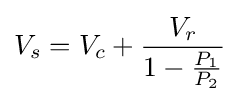
V_{s}=V_{c}+{\frac {V_{r}}{1-{\frac {P_{1}}{P_{2}}}}}